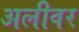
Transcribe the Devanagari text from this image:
अलीवर